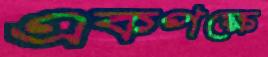
একপক্ষে